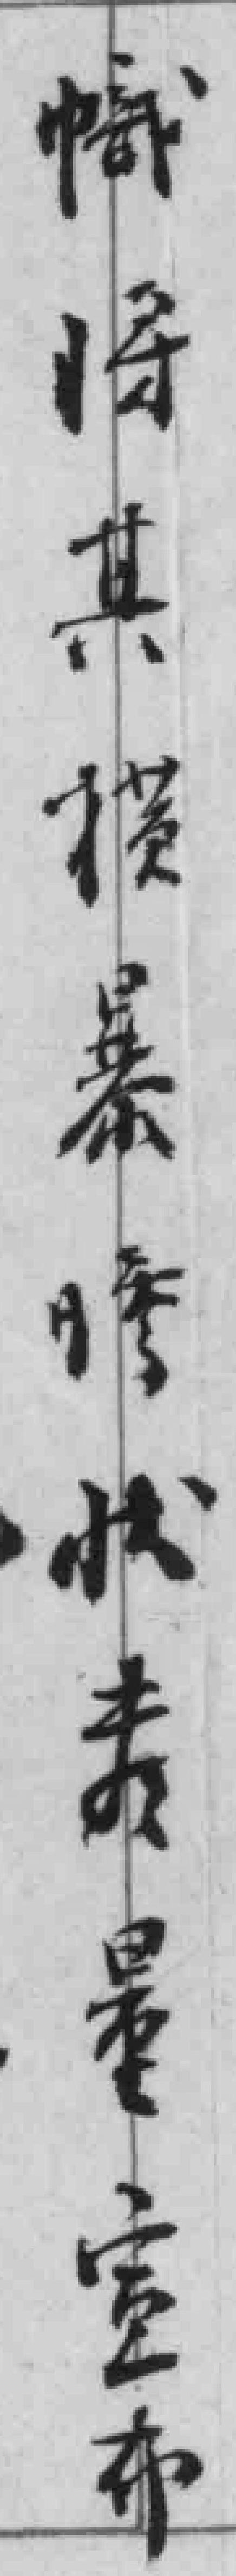
幟将其横暴惨状表*宣布